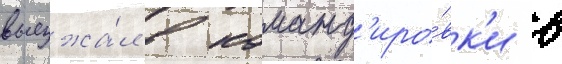
выезжа́л в команд'иро́вк'и в